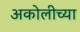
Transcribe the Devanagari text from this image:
अकोलीच्या